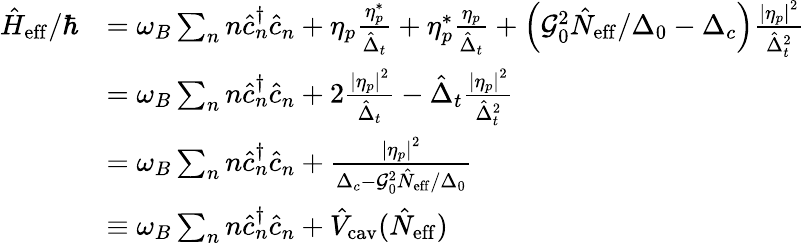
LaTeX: \begin{array}{rl}{\hat{H}_{\mathrm{eff}}/\hbar}&{=\omega_{B}\sum_{n}n\hat{c}_{n}^{\dagger}\hat{c}_{n}+\eta_{p}\frac{\eta_{p}^{*}}{\hat{\Delta}_{t}}+\eta_{p}^{*}\frac{\eta_{p}}{\hat{\Delta}_{t}}+\left(\mathcal{G}_{0}^{2}\hat{N}_{\mathrm{eff}}/\Delta_{0}-\Delta_{c}\right)\frac{\left|\eta_{p}\right|^{2}}{\hat{\Delta}_{t}^{2}}}\\ &{=\omega_{B}\sum_{n}n\hat{c}_{n}^{\dagger}\hat{c}_{n}+2\frac{\left|\eta_{p}\right|^{2}}{\hat{\Delta}_{t}}-\hat{\Delta}_{t}\frac{\left|\eta_{p}\right|^{2}}{\hat{\Delta}_{t}^{2}}}\\ &{=\omega_{B}\sum_{n}n\hat{c}_{n}^{\dagger}\hat{c}_{n}+\frac{\left|\eta_{p}\right|^{2}}{\Delta_{c}-\mathcal{G}_{0}^{2}\hat{N}_{\mathrm{eff}}/\Delta_{0}}}\\ &{\equiv\omega_{B}\sum_{n}n\hat{c}_{n}^{\dagger}\hat{c}_{n}+\hat{V}_{\mathrm{cav}}(\hat{N}_{\mathrm{eff}})}\end{array}